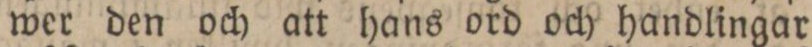
wer den och att hans ord och handlingar